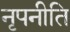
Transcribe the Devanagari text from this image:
नृपनीति